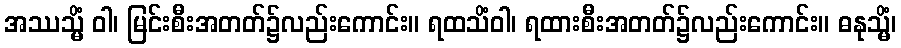
အဿသ္မိံ ဝါ၊ မြင်းစီးအတတ်၌လည်းကောင်း။ ရထသိံဝါ၊ ရထားစီးအတတ်၌လည်းကောင်း။ ဓနုသ္မိံ၊